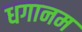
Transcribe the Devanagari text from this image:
धगानम